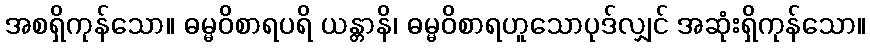
အစရှိကုန်သော။ ဓမ္မဝိစာရပရိ ယန္တာနိ၊ ဓမ္မဝိစာရဟူသောပုဒ်လျှင် အဆုံးရှိကုန်သော။